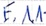
Text: E1.1